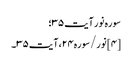
سوره نور آیت ۳۵؛
[۴] نور/سوره۲۴، آیت ۳۵۔